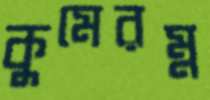
কুমেরম্ন